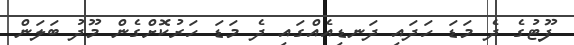
ފޫޓުގެ ދެ މަޑަ ހަދައި ދަނޑިއެއްގައި ދެ މަޑަ ހަރުކޮށްގެން މޫދު ބަލަން